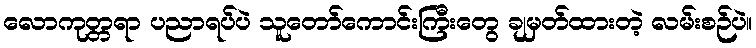
လောကုတ္တရာ ပညာရပ်ပဲ သူတော်ကောင်းကြီးတွေ ချမှတ်ထားတဲ့ လမ်းစဉ်ပဲ။